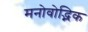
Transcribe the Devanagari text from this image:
मनोवोद्भिक